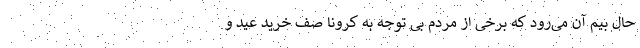
حال بیم آن می‌رود که برخی از مردم بی توجه به کرونا صف خرید عید و